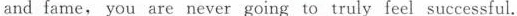
and fame， you are never going to truly feel successful.